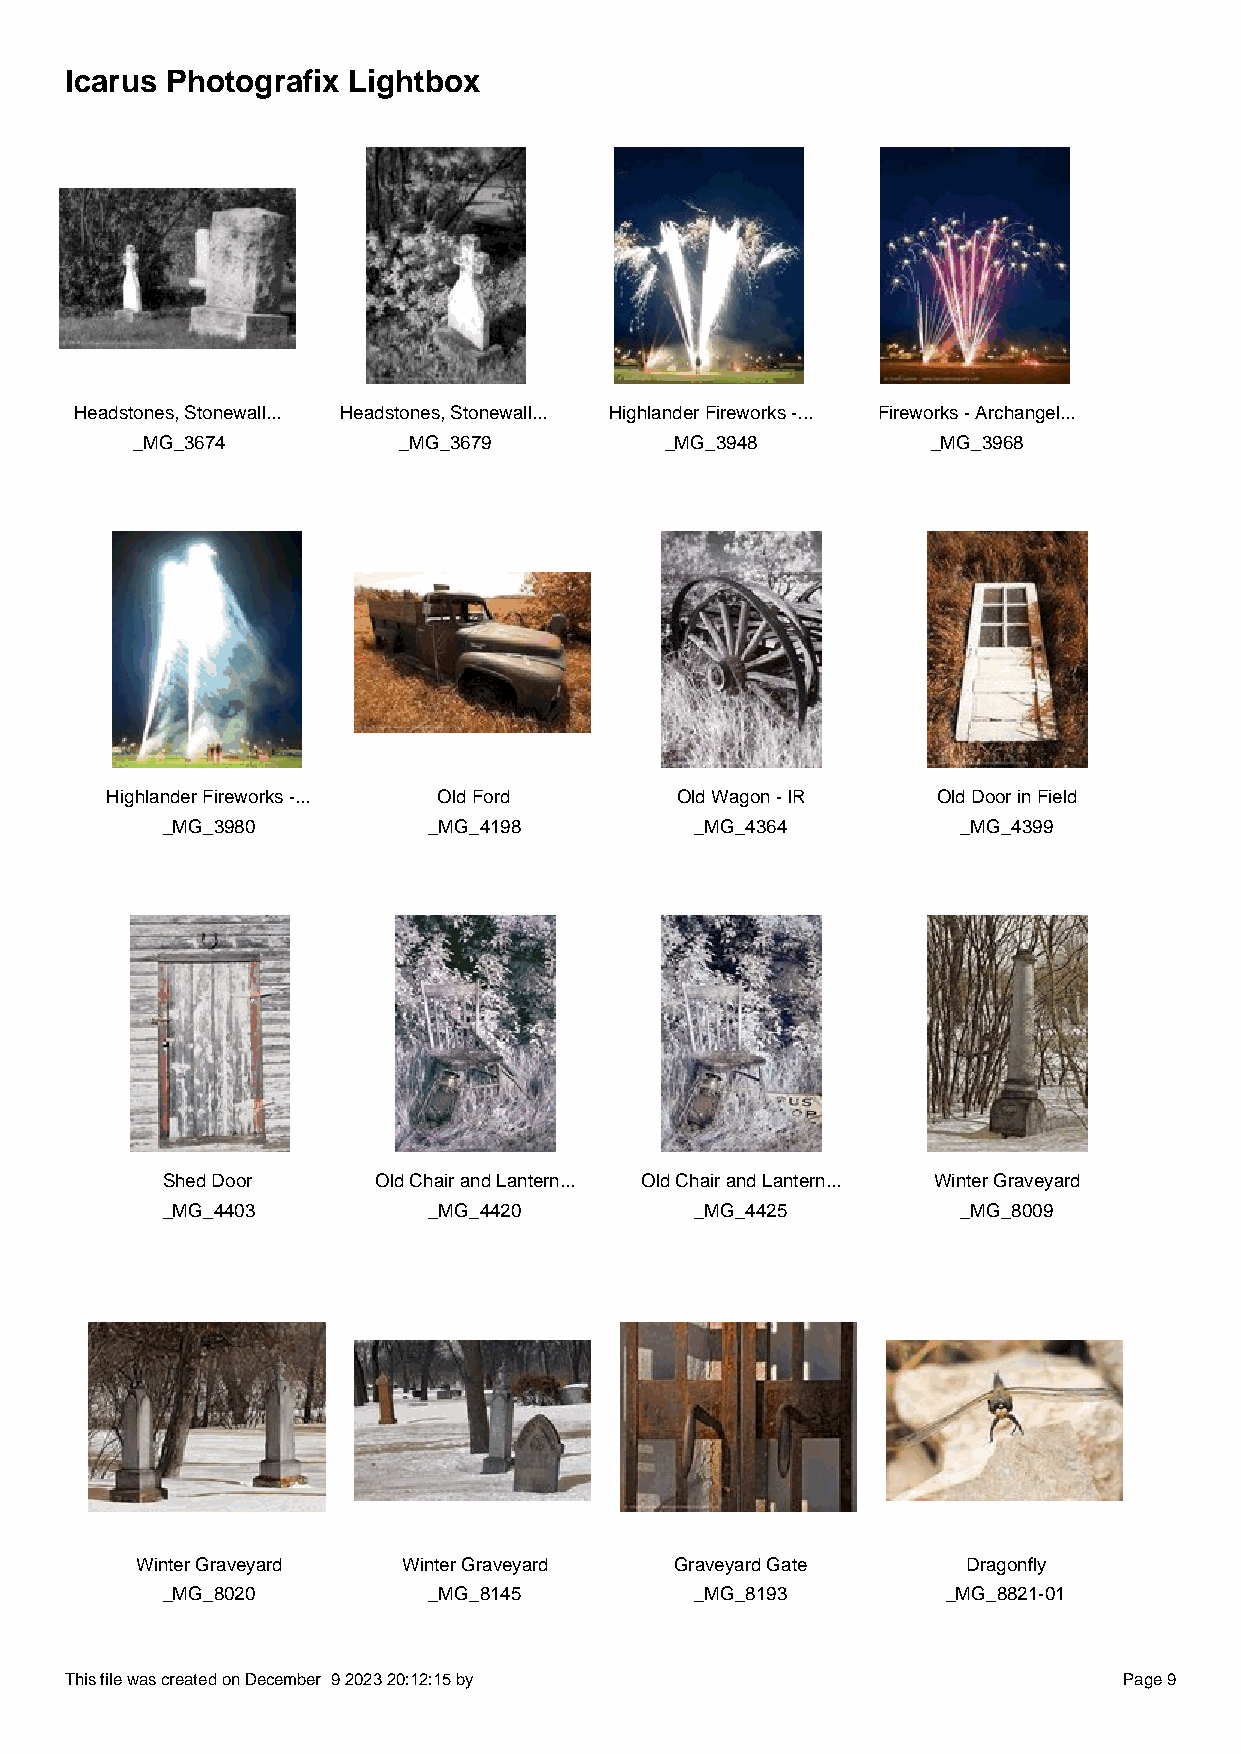
Icarus Photografix Lightbox
 Headstones, Stonewall... Headstones, Stonewall... Highlander Fireworks -... Fireworks - Archangel...
 _MG_3674         _MG_3679          _MG_3948          _MG_3968
 Highlander Fireworks -... Old Ford    Old Wagon - IR   Old Door in Field
 _MG_3980         _MG_4198          _MG_4364          _MG_4399
 Shed Door     Old Chair and Lantern... Old Chair and Lantern... Winter Graveyard
 _MG_4403         _MG_4420          _MG_4425          _MG_8009
 Winter Graveyard  Winter Graveyard  Graveyard Gate     Dragonfly
 _MG_8020         _MG_8145          _MG_8193         _MG_8821-01
 This file was created on December 9 2023 20:12:15 by                  Page 9